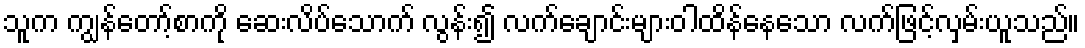
သူက ကျွန်တော့်စာကို ဆေးလိပ်သောက် လွန်း၍ လက်ချောင်းများဝါထိန်နေသော လက်ဖြင့်လှမ်းယူသည်။